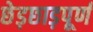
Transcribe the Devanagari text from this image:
छेड़छाड़पूर्ण